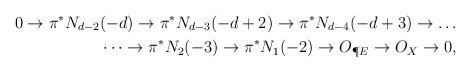
LaTeX: \begin{align*} 0 \to \pi^* N_{d-2} (-d) \to \pi^* N_{d-3}(-d+2) \to \pi^*N_{d-4}(-d+3) \to \dots \\ \dots \to \pi^*N_2(-3) \to \pi^*N_1(-2) \to O_{\P E} \to O_X \to 0, \end{align*}